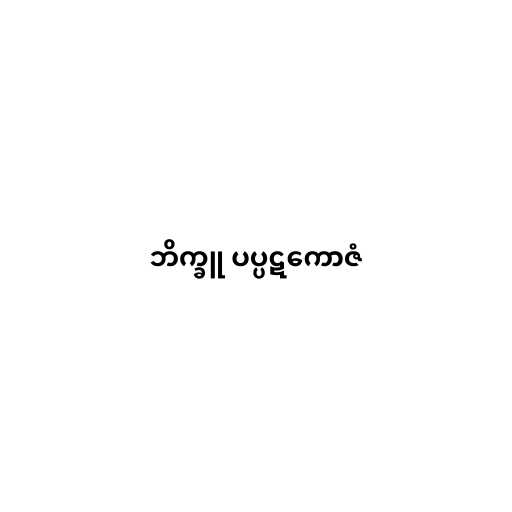
ဘိက္ခူ ပပ္ပဋကောဇံ